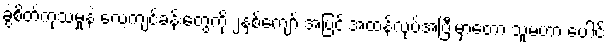
ခွဲစိတ်ကုသမှုနဲ့ လေ့ကျင့်ခန်းတွေကို ၂နှစ်ကျော် အပြင်းအထန်လုပ်အပြီးမှာတော့ သူမဟာ ပေါင်